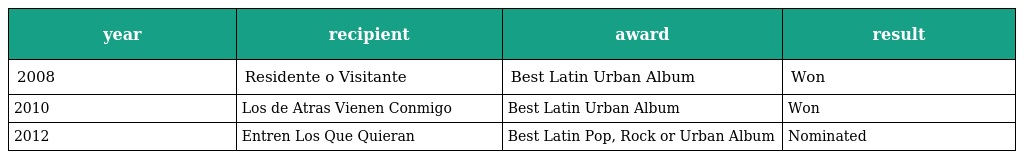
| year | recipient | award | result |
 | --- | --- | --- | --- |
 | 2008 | Residente o Visitante | Best Latin Urban Album | Won |
 | 2010 | Los de Atras Vienen Conmigo | Best Latin Urban Album | Won |
 | 2012 | Entren Los Que Quieran | Best Latin Pop, Rock or Urban Album | Nominated |